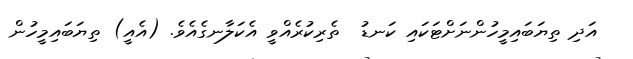
އަދި ތިޔަބައިމީހުންނަށްޓަކައި ކަނޑު  ތެރިކުރެއްވީ އެކަލާނގެއެވެ. (އެއީ) ތިޔަބައިމީހުން